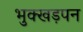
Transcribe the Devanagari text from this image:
भुक्खड़पन